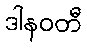
ဒါနဝတီ